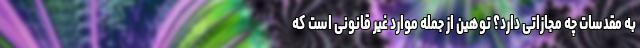
به مقدسات چه مجازاتی دارد؟ توهین از جمله موارد غیر قانونی است که